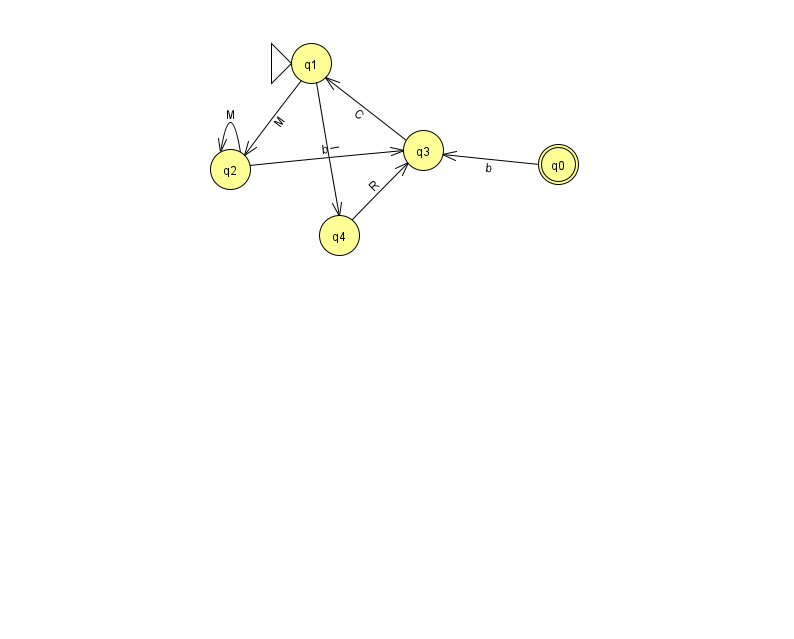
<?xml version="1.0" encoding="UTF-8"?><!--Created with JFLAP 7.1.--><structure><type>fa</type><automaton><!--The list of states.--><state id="0" name="q0"><x>558.0</x><y>151.0</y><final/></state><state id="1" name="q1"><x>311.0</x><y>50.0</y><initial/></state><state id="2" name="q2"><x>230.0</x><y>156.0</y></state><state id="3" name="q3"><x>423.0</x><y>137.0</y></state><state id="4" name="q4"><x>339.0</x><y>222.0</y></state><!--The list of transitions.--><transition><from>4</from><to>3</to><read>R</read></transition><transition><from>2</from><to>3</to><read>b</read></transition><transition><from>3</from><to>1</to><read>C</read></transition><transition><from>0</from><to>3</to><read>b</read></transition><transition><from>1</from><to>4</to><read>l</read></transition><transition><from>1</from><to>2</to><read>M</read></transition><transition><from>2</from><to>2</to><read>M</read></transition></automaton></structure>